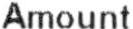
AMOUNT